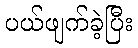
ပယ်ဖျက်ခဲ့ပြီး